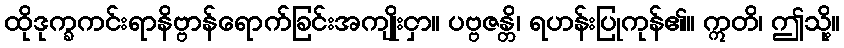
ထိုဒုက္ခကင်းရာနိဗ္ဗာန်ရောက်ခြင်းအကျိုးငှာ။ ပဗ္ဗဇန္တိ၊ ရဟန်းပြုကုန်၏။ ဣတိ၊ ဤသို့။